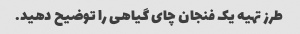
طرز تهیه یک فنجان چای گیاهی را توضیح دهید.